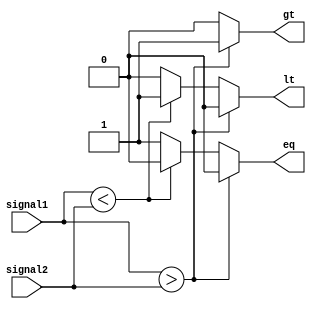
module Comparator (
    input [7:0] signal1,
    input [7:0] signal2,
    output reg gt, // greater than
    output reg lt, // less than
    output reg eq // equal
);

always @* begin
    if (signal1 > signal2) begin
        gt = 1;
        lt = 0;
        eq = 0;
    end else if (signal1 < signal2) begin
        gt = 0;
        lt = 1;
        eq = 0;
    end else begin
        gt = 0;
        lt = 0;
        eq = 1;
    end
end

endmodule